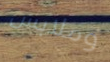
وملابس